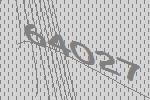
64027